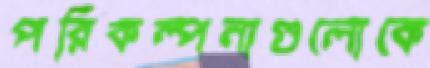
পরিকল্পনাগুলোকে